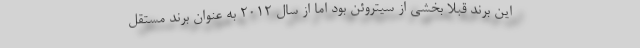
این برند قبلا بخشی از سیتروئن بود اما از سال 2012 به عنوان برند مستقل